Calcutta medical institutions reports 1879-81 [i.e.91]
Year: 1879
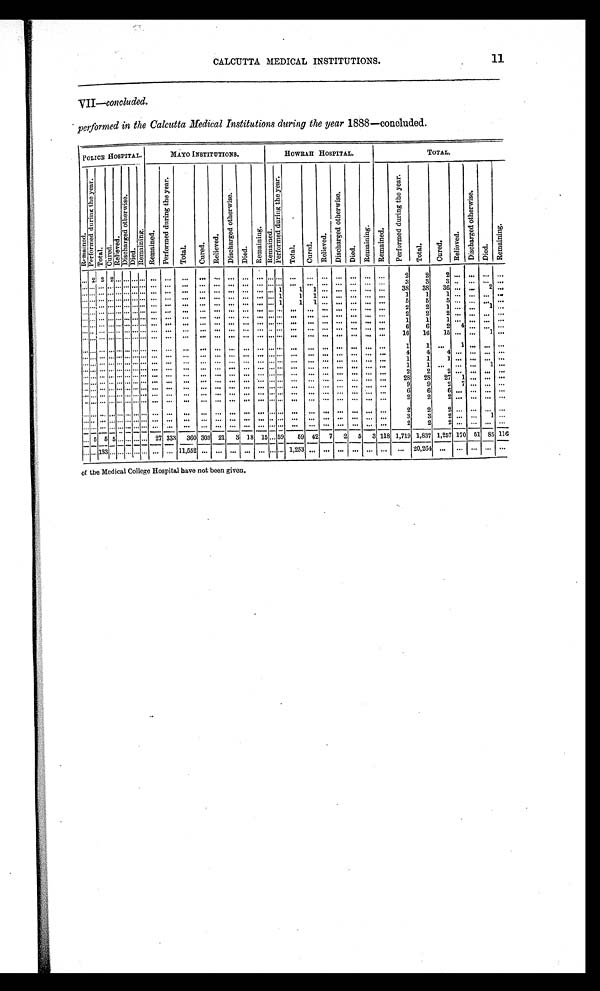
11
CALCUTTA MEDICAL INSTITUTIONS.
VII —concluded.
performed in the Calcutta Medical Institutions during the year 1888—concluded.
POLICE HOSPITAL.
MAYO INSTITUTIONS.
HOWRAH HOSPITAL.
TOTAL.
R e m a i n e d .
P e r f o r m e d d u r i n g t h e y e a r .
T o t a l
C u r e d .
R e l i e v e d .
D i s c h a r g e d o t h e r w i s e .
D i e d .
R e m a i n i n g . R e m a i n e d .
P e r f o r m e d d u r i n g t h e y e a r .
T o t a l .
C u r e d .
R e l i e v e d .
D i s c h a r g e d o t h e r w i s e .
Died.
R e m a i n i n g .
R e m a i n e d .
T o t a l .
C u r e d .
R e m a i n i n g .
R e l i v e d .
D i s c h a n g e d o t h e r w i s e .
Died.
R e m a i n i n g . R e m a i n e d .
P e r f o r m e d d u r i n g t h e y e a r .
T o t a l .
C u r e d .
R e l i e v e d .
D i s c h a r g e d o t h e r w i s e .
D i e d .
Remai ni ng.
. . . 2
2 2 . . . . . . . . . . . .
. . .
. . .. . .
. . .
. . .
. . . . . .
. . .
. . . . . .
. . .
. . .
. . .. . . . . .
. . .
. . .
2
2
2 . . .
. . .
. . .. . .
. . . . . .
. . . . . . . . . . . . . . . . . .
. . .
. . .. . .
. . .
. . .
. . . . . .
. . .
. . . . . .
. . .
. . .
. . .. . . . . .
. . .
. . .
3
3
3 . . .
. . .
. . . . . .
. . . . . .
. . . . . . . . .
. . .. . . . . . . . . . .
. . .
. . . . . .
. . .
. . .
. . . . . .
. . .
. . . . .
. . .
. . .
. . . . . . . . .
. . .
. . .
38
38
36 . . .
. . .
2 . . .
. . . . . .
. . . . . . . . . . . . . . . . . .
. . .
. . .
. . .
. . .
. . .
. . . . . .
. . .
. . . . . .
1
1
1 . . . . . .
. . .
. . .
1
1
1 . . .
. . .
. . . . . .
. . . . . .
. . . . . . . . . . . . . . . . . . .
. . .
. . .
. . .
. . .
. . .
. . . . . .
. . .
. . . . . .
1
1
1 . . . . . .
. . .
. . .
5
5
5 . . .
. . .
. . . . . .
. . . . . .
. . . . . . . . . . . . . . . . . .
. . .
. . .
. . .. . .
. . .
. . . . . .
. . .
. . . . . .
. . .
. . .
. . . . . . . . .
. . .
. . .
2
2
1 . . .
. . .
1 . . .
. . . . . .
. . . . . . . . . . . . . . . . . .
. . .
. . .
. . . . . .
. . .
. . . . . .
. . .
. . . . . .
. . .
. . .
. . .. . . . . .
. . .
. . .
2
2
2. . .
. . .
. . . . . .
. . . . . .
. . . . . . . . . . . . . . . . . .
. . .
. . .
. . . . . .
. . .
. . . . . .
. . .
. . . . . .
. . .
. . .
. . . . . . . . .
. . .
. . .
1
1
1 . . .
. . .
. . . . . .
. . . . . . . .
. . . . . . . . . . . . . . . . . .
. . .
. . .
. . . . . .
. . .
. . . . . .
. . .
. . . . . .
. . .
. . .
. . . . . . . . .
. . .
. . .
6
6
2 4
. . .
. . . . . .
. . . . . .
. . . . . . . . . . . . . . . . . .
. . . .
. . .
. . .
. . .
. . .
. . . . . .
. . .
. . . . . .
. . .
. . .
. . .. . . . . .
. . .
. . .
16
16
15 . . .
. . .
1 . . .
. . . . . .
. . . . . . . . . . . . . . . . . .
. . .
. . .
. . . . . .
. . .
. . . . . .
. . .
. . . . . .
. . .
. . .
. . . . . . . . .
. . .
. . .
1
1
. . .
1
. . .
. . . . . .
. . . . . .
. . . . . . . . . . . . . . . . . .
. . .
. . .
. . .
. . .
. . .
. . . . . .
. . .
. . . . . .
. . .
. . .
. . . . . . . . . . . .
. . .
. . .
4
4
4 . . .
. . .
. . . . . .
. . . . . .
. . . . . . . . . . . . . . . . . .
. . .
. . .
. . .
. . .
. . .
. . . . . .
. . .
. . . . . .
. . .
. . .
. . . . . . . . .
. . .
. . .
1
1
1 . . .
. . .
. . . . . .
. . . . . .
. . . . . . . . . . . . . . . . . .
. . .
. . .
. . .
. . .
. . .
. . . . . .
. . .
. . . . . .
. . .
. . .
. . . . . . . . .
. . .
. . .
1
1
. . . . . .
. . .
. . . . . .
. . . . . .
. . . . . . . . . . . . . . . . . .
. . .
. . .
. . .
. . .
. . .
. . . . . .
. . .
. . . . . .
. . .
. . .
. . . . . . . . .
. . .
. . . . .
2
2
2 . . .
. . .
. . . . . .
. . . . . .
. . . . . . . . . . . . . . . . . .
. . .
. . .
. . .
. . .
. . .
. . . . . .
. . .
. . . . . .
. . .
. . .
. . . . . . . . .
. . .
. . .
28
28
27
1
. . .
. . . . . .
. . . . . .
. . . . . . . . . . . . . . . . . .
. . .
. . .
. . .
. . .
. . .
. . . . . .
. . .
. . . . . .
. . .
. . .
. . . . . . . . .
. . .
. . .
9
9
2 7
. . .
. . . . . .
. . . . . .
. . . . . . . . . . . . . . . . . .
. . .
. . .
. . .
. . .
. . .
. . . . . .
. . .
. . . . . .
. . .
. . .
. . . . . . . . .
. . .
. . .
6
6
6 . . .
. . .
. . . . . .
. . . . . .
. . . . . . . . . . . . . . . . . .
. . .
. . .
. . .
. . .
. . .
. . . . . .
. . .
. . . . . .
. . .
. . .
. . . . . . . . .
. . .
. . .
2
2
2 . . .
. . .
. . . . . .
. . . . . .
. . . . . . . . . . . . . . . . . .
. . .
. . .
. . .
. . .
. . .
. . . . . .
. . .
. . . . . .
. . .
. . .
. . . . . . . . .
. . .
. . .
2
2
2 . . .
. . .
. . . . . .
. . . . . .
. . . . . . . . . . . . . . . . . .
. . .
. . .
. . .
. . .
. . .
. . . . . .
. . .
. . . . . .
. . .
. . .
. . . . . . . . .
. . .
. . .
3
3
2 . . .
. . .
. . . . . .
. . . . . .
. . . . . . . . . . . . . . . . . . .
. . .
. . .
. . .
. . .
. . .
. . . . . .
. . . . . . . . .
. . .
. . .
. . . . . . . . .
. . .
. . .
2
2
2 . . .
. . .
. . . . . .
. . .
5 5
5 . . . . . . . . .
. . . 27 333
360 303 21
3 18 15 . . . 59
59 42
7
2
5
3 118 1,719 1,837 1,257 170 51 85 116
. . . . . .
133
. . .
. . . . . . . . . . . .
. . .
. . . 11,552 . . .
. . .
. . . . . .
. . . . . . . . .
1 , 2 5 3
. . .
. . . . . . . . .
. . .
. . .
. . .
2 0 , 2 6 4
. . . . . .
. . .
. . . . . .
of the Medical College Hospital have not been given.